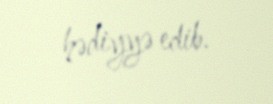
hədiyyə edib.